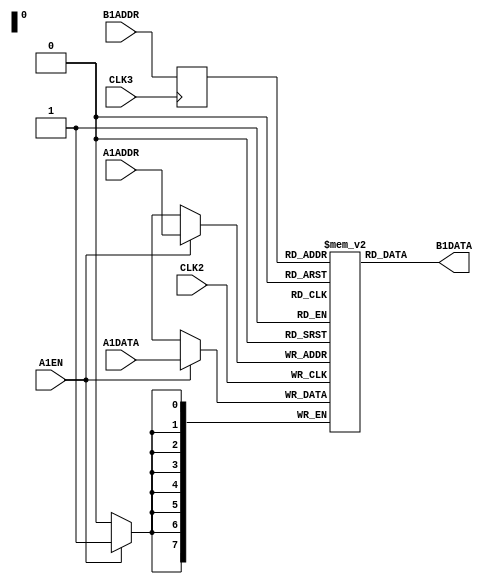
module RAM256X8(B1ADDR, B1DATA, CLK3, A1ADDR, A1DATA, A1EN, CLK2);
	parameter CLKPOL2 = 1;
	parameter CLKPOL3 = 1;
	parameter TRANSP3 = 1;

	input CLK2;
	input CLK3;

	input [7:0] A1ADDR;
	input [7:0] A1DATA;
	input A1EN;

	input [7:0] B1ADDR;
	output [7:0] B1DATA;

	wire c2 = CLK2 == CLKPOL2;
	wire c3 = CLK3 == CLKPOL3;

	reg [7:0] memory [0:255];
	reg [7:0] b1_buffer;

	always @(posedge c2)
		if (A1EN) memory[A1ADDR] <= A1DATA;

	always @(posedge c3)
		b1_buffer <= TRANSP3 ? B1ADDR : memory[B1ADDR];

	assign B1DATA = TRANSP3 ? memory[b1_buffer] : b1_buffer;
endmodule